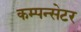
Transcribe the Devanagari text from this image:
कम्पन्सेटर